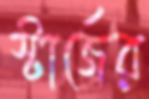
স্টার্জের